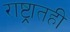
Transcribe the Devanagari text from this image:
राष्ट्रातही